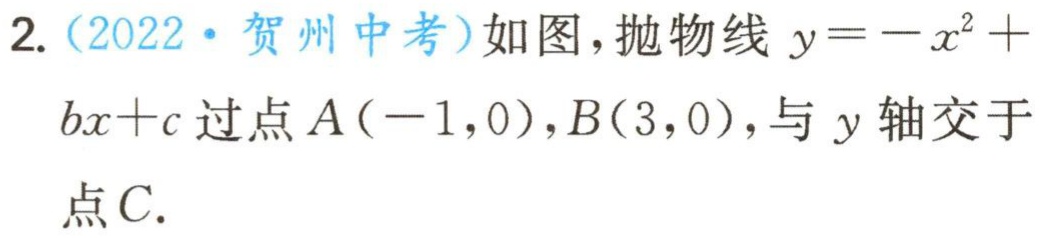
2.（2022·贺州中考）如图，抛物线\(y = -x^{2}+bx + c\)过点\(A(-1,0)\)，\(B(3,0)\)，与\(y\)轴交于点\(C\).